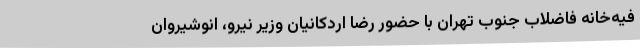
فیه‌خانه فاضلاب جنوب تهران با حضور رضا اردکانیان وزیر نیرو، انوشیروان